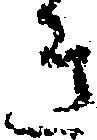
き